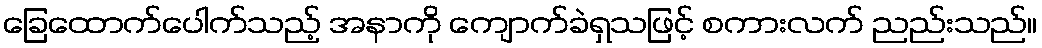
ခြေထောက်ပေါက်သည့် အနာကို ကျောက်ခဲရှသဖြင့် စကားလက် ညည်းသည်။